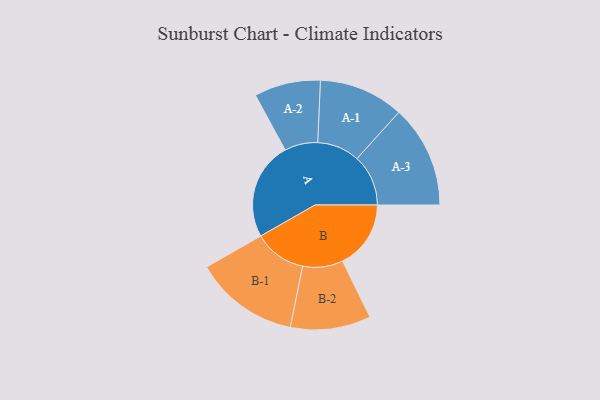
{"axis": {"x": "Segment", "y": "Value"}, "legend": ["", "A", "B"], "data": [{"x": "A", "y": 486, "type": ""}, {"x": "B", "y": 340, "type": ""}, {"x": "A-1", "y": 211, "type": "A"}, {"x": "A-2", "y": 165, "type": "A"}, {"x": "A-3", "y": 255, "type": "A"}, {"x": "B-1", "y": 260, "type": "B"}, {"x": "B-2", "y": 200, "type": "B"}]}